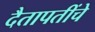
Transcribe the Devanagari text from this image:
दैतापतींचे